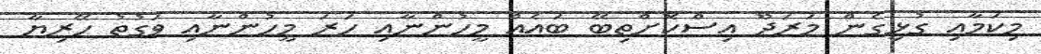
މިކަމާއި ގުޅިގެން މަރަދޫ އިސްކޮށްތިބޭ ބައެއް މީހުންނާއި ހަރަ މީހުންނާއި ވަގުތު ހޭރިޔާ